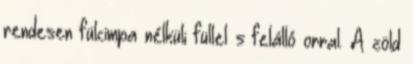
rendesen fülcimpa nélküli füllel s felálló orral. A zöld